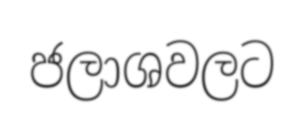
ජලාශවලට